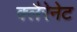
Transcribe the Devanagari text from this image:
क्लैरेनेट